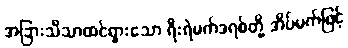
အခြားသိသာထင်ရှားသော ရီးရဲမက်ဒရစ်တို့ အိပ်မက်ဖြင့်